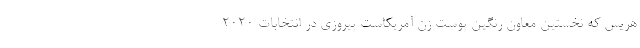
هریس که نخستین معاون رنگین پوست زن آمریکاست پیروزی در انتخابات ۲۰۲۰